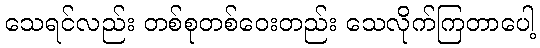
သေရင်လည်း တစ်စုတစ်ဝေးတည်း သေလိုက်ကြတာပေါ့